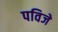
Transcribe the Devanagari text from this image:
पविजे